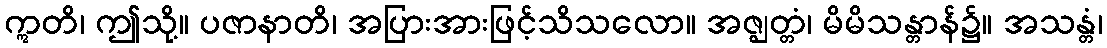
ဣတိ၊ ဤသို့။ ပဇာနာတိ၊ အပြားအားဖြင့်သိသလော။ အဇ္ဈတ္တံ၊ မိမိသန္တာန်၌။ အသန္တံ၊